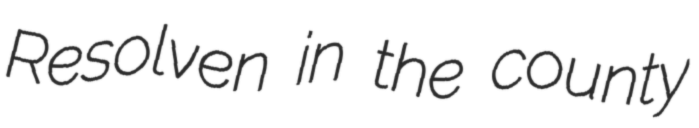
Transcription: Resolven in the county